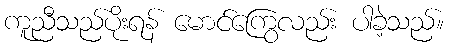
ကူညီသည်ပိုးရန် မောင်ကြွေလည်း ပါခဲ့သည်။